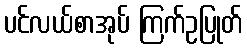
ပင်လယ်စာအုပ် ကြက်ဥပြုတ်